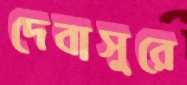
দেবাসুরে